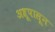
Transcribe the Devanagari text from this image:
अश्रूपासून